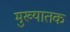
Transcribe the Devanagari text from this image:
मुख्यातक